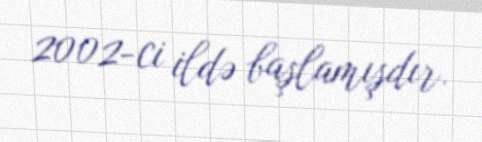
2002-ci ildə başlamışdır.